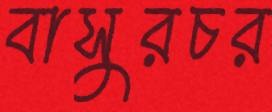
বাসুরচর